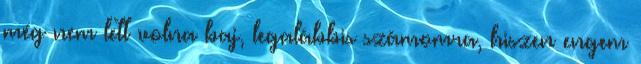
még nem lett volna baj, legalábbis számomra, hiszen engem